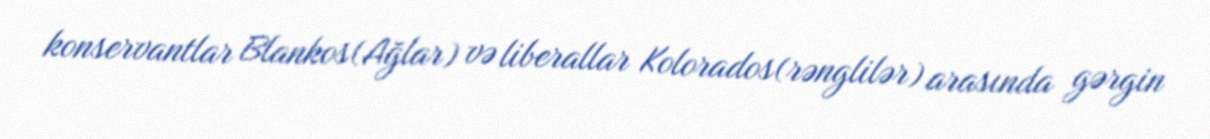
konservantlar Blankos(Ağlar) və liberallar Kolorados(rənglilər) arasında gərgin